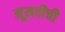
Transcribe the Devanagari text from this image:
नूमवीची